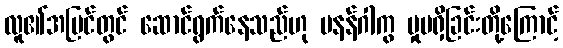
လူ၏အမြင်တွင် ဆောင်ရွက်နေသည်ဟု မနန်ဂါကွ မှုမရှိခြင်းတို့ကြောင့်